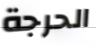
الحرجة